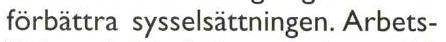
förbättra sysselsättningen. Arbets-